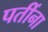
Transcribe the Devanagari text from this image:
पतींना